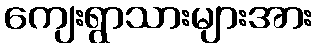
ကျေးရွာသားများအား